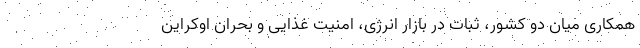
همکاری میان دو کشور، ثبات در بازار انرژی، امنیت غذایی و بحران اوکراین